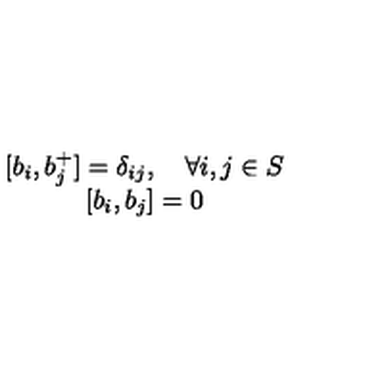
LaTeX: \begin{array} { c } { [ b _ { i } , b _ { j } ^ { + } ] = \delta _ { i j } , \quad \forall i , j \in S } \\ { [ b _ { i } , b _ { j } ] = 0 } \\ \end{array}